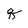
Character: q